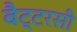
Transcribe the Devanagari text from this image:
बैट्टरसी